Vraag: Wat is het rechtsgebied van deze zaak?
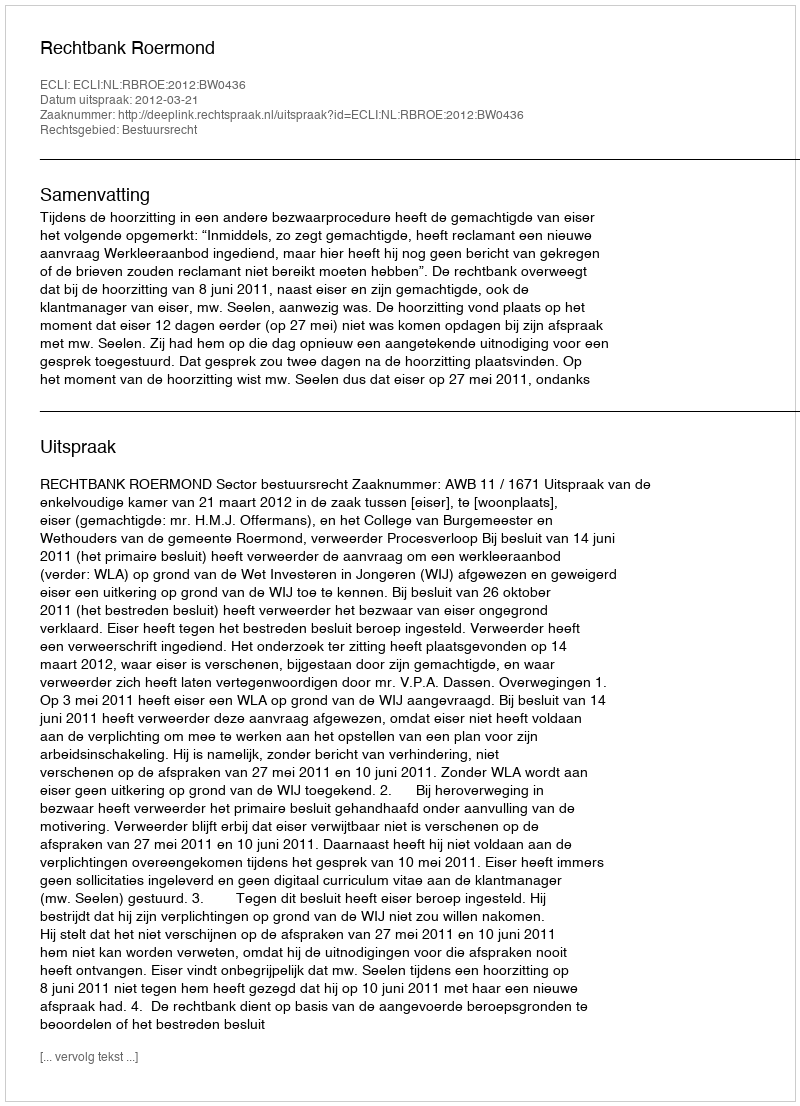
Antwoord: Bestuursrecht